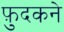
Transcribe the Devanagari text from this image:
फ़ुदकने